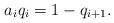
LaTeX: \begin{align*}a_iq_i=1-q_{i+1}.\end{align*}